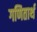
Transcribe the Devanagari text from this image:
गणितार्थ